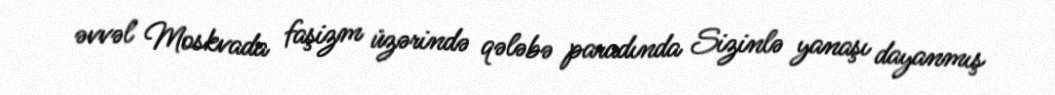
əvvəl Moskvada faşizm üzərində qələbə paradında Sizinlə yanaşı dayanmış